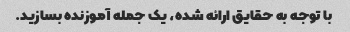
با توجه به حقایق ارائه شده، یک جمله آموزنده بسازید.